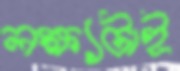
লক্ষ্যটাই